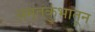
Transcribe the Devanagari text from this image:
अमृतकुंभातून